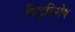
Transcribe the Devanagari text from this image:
पितृविशेष